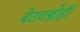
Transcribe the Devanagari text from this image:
बेतवज्जोही